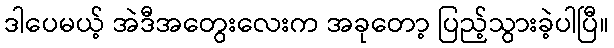
ဒါပေမယ့် အဲဒီအတွေးလေးက အခုတော့ ပြည့်သွားခဲ့ပါပြီ။